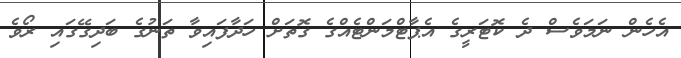
އެހެން ނަމަވެސް ދެ ކޮޓަރީގެ އެޕާޓްމަންޓެއްގެ ގޮތަށް ހަދާފައިވާ ތަނުގެ ބަދިގޭގައި ރޯވެ